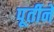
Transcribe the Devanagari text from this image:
पूर्तीने